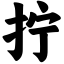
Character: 拧